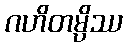
ဂဟိတမ္ပိဿ